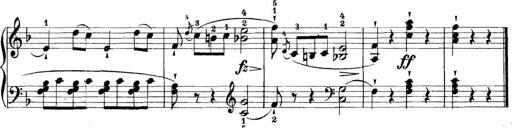
Title: 11 Sonatinas
Composer: Anton Diabelli